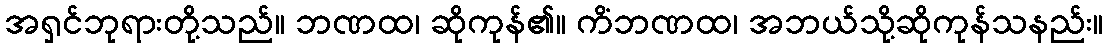
အရှင်ဘုရားတို့သည်။ ဘဏထ၊ ဆိုကုန်၏။ ကိံဘဏထ၊ အဘယ်သို့ဆိုကုန်သနည်း။